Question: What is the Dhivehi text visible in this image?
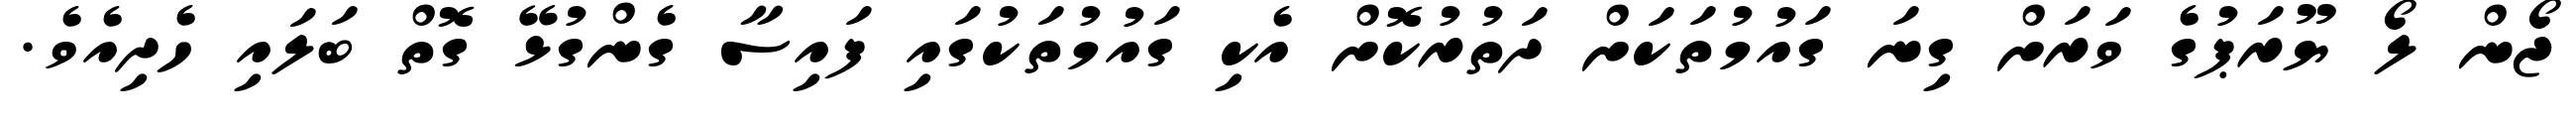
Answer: ޖޯން ލޯ ޔޫރަޕުގެ ވަރަށް ގިނަ ގައުމުތަކަށް ދަތުރުކޮށް އެކި ގައުމުތަކުގައި ފައިސާ ގެންގުޅޭ ގޮތް ބަލައި ހެދިއެވެ.